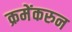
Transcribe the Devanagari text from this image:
क्रमेंकरुन